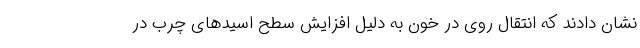
نشان دادند که انتقال روی در خون به دلیل افزایش سطح اسیدهای چرب در